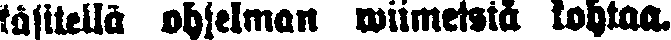
käsitellä ohjelman wiimeistä kohtaa.